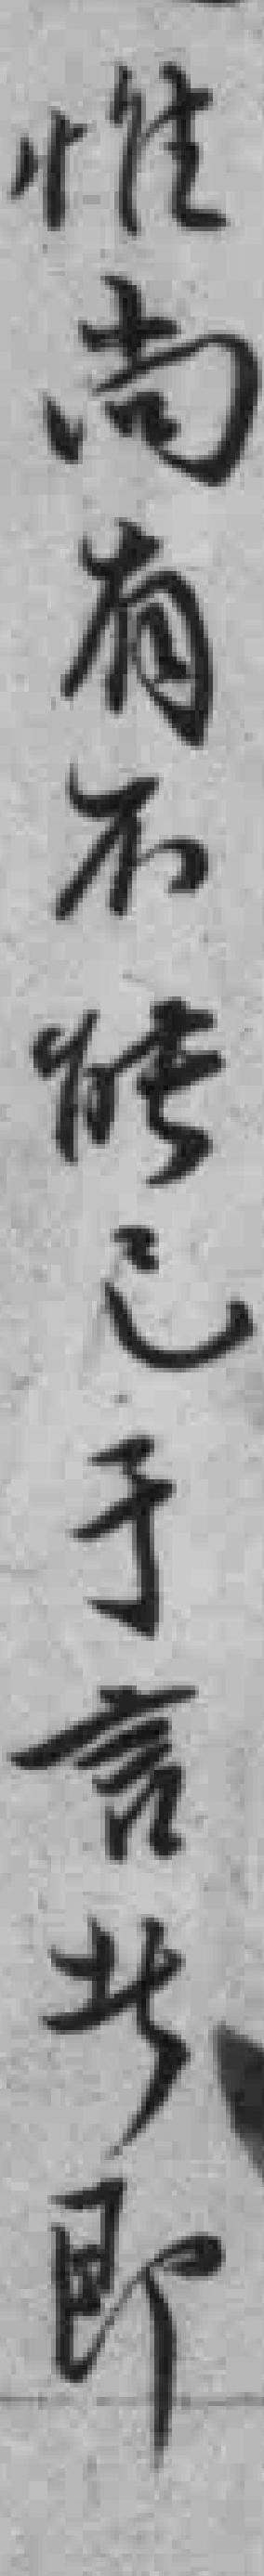
惟尚有不能己于言*即